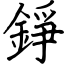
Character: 錚